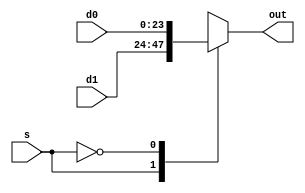
module mux2to1 #(
		parameter size = 24
		)
		(d0,d1,s,out);
		input [size-1:0]d0,d1;
		input s;
		output reg [size-1:0]out;
		always @(*)begin
		  case(s)
		    1'b1: out <= d1;
		    1'b0: out <= d0;
		   endcase
		  end
endmodule